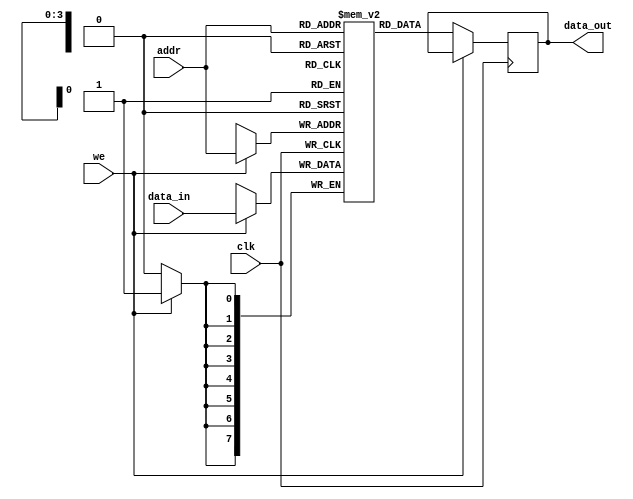
module parameterized_ram #(
    parameter DATA_WIDTH = 8,    // Width of the data (in bits)
    parameter ADDR_WIDTH = 4      // Width of the address (in bits)
) (
    input wire clk,               // Clock signal
    input wire we,                // Write enable (active high)
    input wire [ADDR_WIDTH-1:0] addr, // Address input
    input wire [DATA_WIDTH-1:0] data_in, // Data input for writing
    output reg [DATA_WIDTH-1:0] data_out // Data output for reading
);

    // Memory array declaration
    reg [DATA_WIDTH-1:0] ram [(1 << ADDR_WIDTH) - 1:0];

    // Write operation (synchronous)
    always @(posedge clk) begin
        if (we) begin
            ram[addr] <= data_in;  // Write data to memory
        end
    end

    // Read operation (synchronous)
    always @(posedge clk) begin
        if (!we) begin
            data_out <= ram[addr];  // Read data from memory
        end
    end

    // Optional: Asynchronous Read (if needed)
    // Uncomment below block if asynchronous read is desired
    // always @(addr) begin
    //     data_out = ram[addr];   // Read data asynchronously
    // end

    // Optional: Asynchronous reset functionality
    /*
    always @(posedge rst or posedge clk) begin
        if (rst) begin
            // Initialize memory to 0 or specific values
            integer i;
            for (i = 0; i < (1 << ADDR_WIDTH); i = i + 1) begin
                ram[i] = {DATA_WIDTH{1'b0}}; // Initialize to 0
            end
        end else begin
            // Normal behavior as described above
            if (we) begin
                ram[addr] <= data_in; // Write
            end else begin
                data_out <= ram[addr]; // Read
            end
        end
    end
    */

endmodule